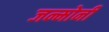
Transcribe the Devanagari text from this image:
जन्मोनी